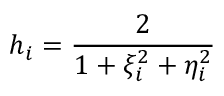
h _ { i } = \frac { 2 } { 1 + \xi _ { i } ^ { 2 } + \eta _ { i } ^ { 2 } }